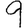
Digit: 9